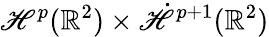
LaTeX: \mathscr{H}^{p}(\mathbb{{R}}^{2})\times\dot{{\mathscr{H}}}^{p+1}(\mathbb{{R}}^{2})